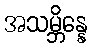
အသမ္ဘိန္နေ